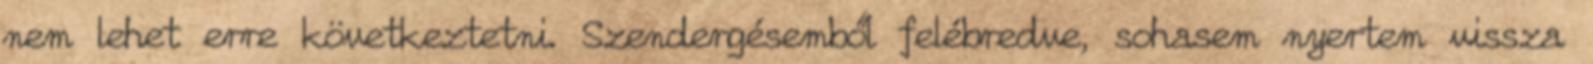
nem lehet erre következtetni. Szendergésemből felébredve, sohasem nyertem vissza